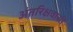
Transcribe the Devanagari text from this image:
अंतरिक्षवासी